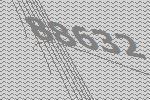
88632